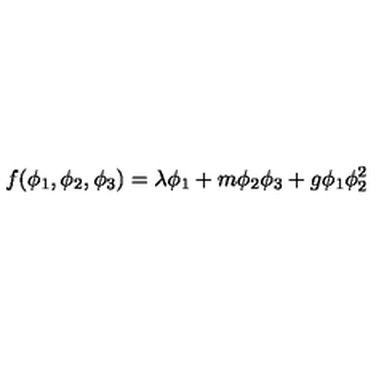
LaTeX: f ( \phi _ { 1 } , \phi _ { 2 } , \phi _ { 3 } ) = \lambda \phi _ { 1 } + m \phi _ { 2 } \phi _ { 3 } + g \phi _ { 1 } \phi _ { 2 } ^ { 2 }